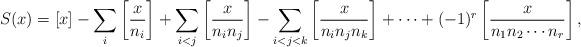
LaTeX: \begin{align*} S(x)=[x]-\sum_i\left[\frac{x}{n_i}\right] +\sum_{i<j}\left[\frac{x}{n_in_j}\right] -\sum_{i<j<k}\left[\frac{x}{n_in_jn_k}\right]+\cdots +(-1)^r\left[\frac{x}{n_1n_2\cdots n_r}\right], \end{align*}